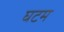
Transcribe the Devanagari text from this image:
घटम